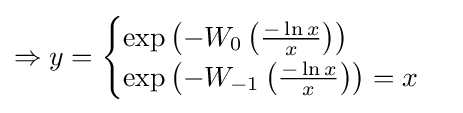
\Rightarrow y={\begin{cases}\exp \left(-W_{0}\left({\frac {-\ln x}{x}}\right)\right)\\\exp \left(-W_{-1}\left({\frac {-\ln x}{x}}\right)\right)=x\end{cases}}